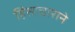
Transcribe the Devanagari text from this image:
हिंसाचाराने